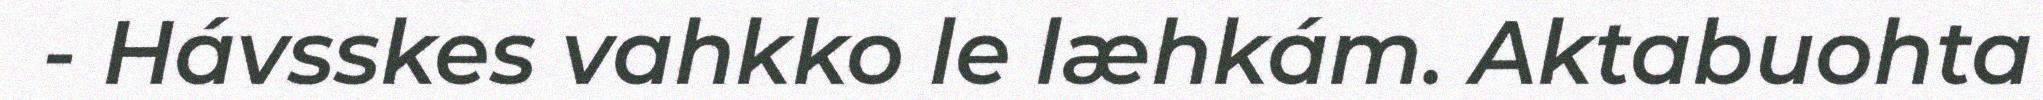
- Hávsskes vahkko le læhkám. Aktabuohta